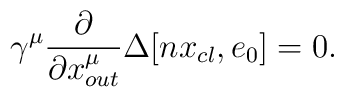
\gamma^{\mu}\frac{\partial}{\partial{x}^{\mu}_{out}}\Delta[nx_{cl},e_{0}]=0.